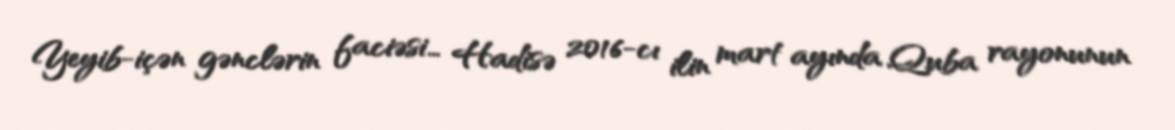
Yeyib-içən gənclərin faciəsi… Hadisə 2016-cı ilin mart ayında Quba rayonunun